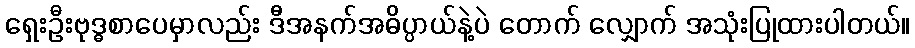
ရှေးဦးဗုဒ္ဓစာပေမှာလည်း ဒီအနက်အဓိပ္ပာယ်နဲ့ပဲ တောက် လျှောက် အသုံးပြုထားပါတယ်။